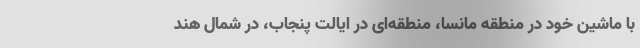
با ماشین خود در منطقه مانسا، منطقه‌ای در ایالت پنجاب، در شمال هند